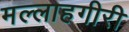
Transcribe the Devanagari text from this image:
मल्लाहगीरी